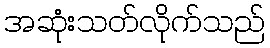
အဆုံးသတ်လိုက်သည်